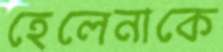
হেলেনাকে